Vaccination in Burma 1889-1999 - 1889-1999
Year: 1889
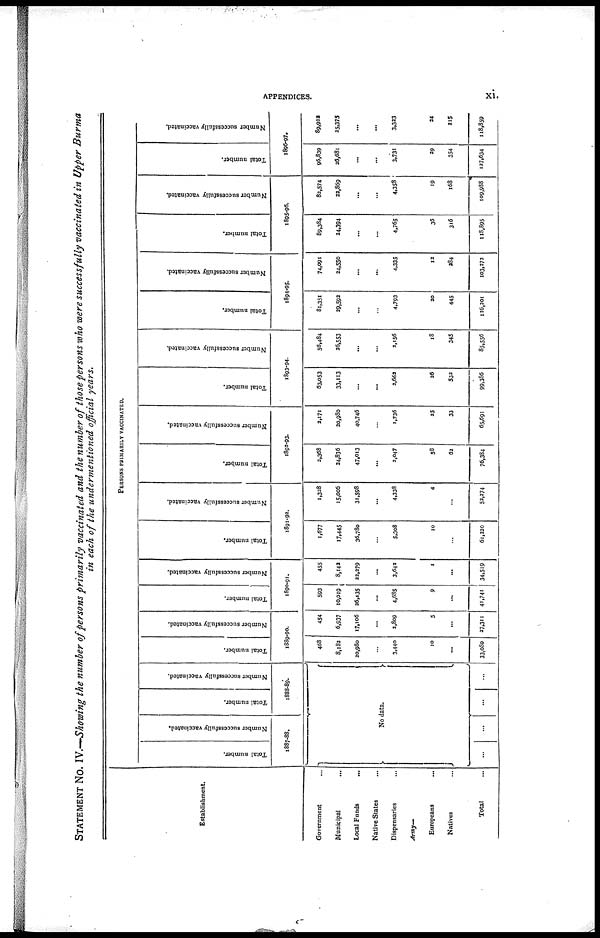
APPENDICES.
xi.
STATEMENT No. IV.—Showing the number of persons primarily vaccinated and the number of those persons who were successfully vaccinated in Upper Burma
in each of the undermentioned official years.
Establishment.
Government ...
Municipal
...
Local Funds ...
Native States ...
Dispensaries ...
Army—
Europeans ...
Natives ...
Total ...
PERSONS PRIMARILY VACCINATED.
Total number.
Number successfully vaccinated.
1887-88.
Total number.
Number successfully vaccinated.
1888-89.
No data.
...
...
...
...
Total number.
Number successfully vaccinated.
1889-90.
468
8,182
20,980
...
3,440
10
...
33,080
454
6,937
17,106
...
2,809
5
...
27,311
Total number.
Number successfully vaccinated.
1890-91.
593
10,019
26,435
...
4,685
9
...
41,741
455
8,142
22,279
...
3,642
1
...
34,519
Total number.
Number successfully vaccinated.
1891-92.
1,677
17,445
36,780
...
5,308
10
...
61,220
1,328
15,006
31,598
...
4,338
4
...
52,274
Total number.
Number successfully vaccinated.
1892-93.
2,368
24,836
47,013
...
2,047
58
62
76,384
2,171
20,980
40,746
1,736
25
33
65,691
Total number.
Number successfully vaccinated.
1893-94.
63,053
33,113
...
...
2,663
26
533
99,386
56,484
26,553
...
...
2,156
18
345
85,556
Total number.
Number successfully vaccinated.
1894-95.
81,351
29,592
...
...
4,793
20
445
116,201
74,091
34,550
...
...
4,335
12
284
103,272
Total number.
Number successfully vaccinated.
1895-96.
89,384
24,394
...
...
4,765
36
316
118,895
83,574
22,869
...
...
4,358
19
168
109,988
Total number.
Number successfully vaccinated.
1896-97.
96,839
26,681
...
...
3,731
29
354
127,634
89,922
25,375
...
...
3,323
24
215
118,859